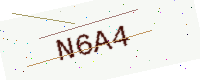
Text: N6A4